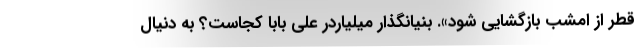
قطر از امشب بازگشایی شود». بنیانگذار میلیاردر علی بابا کجاست؟ به دنیال